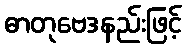
ဓာတုဗေဒနည်းဖြင့်